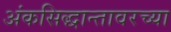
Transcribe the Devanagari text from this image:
अंकसिद्धान्तावरच्या